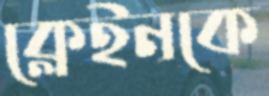
ক্লেইনকে